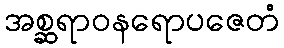
အစ္ဆရာဝနရောပဇေတံ